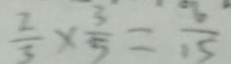
\frac { 2 } { 3 } \times \frac { 3 } { 5 } = \frac { 6 } { 1 5 }